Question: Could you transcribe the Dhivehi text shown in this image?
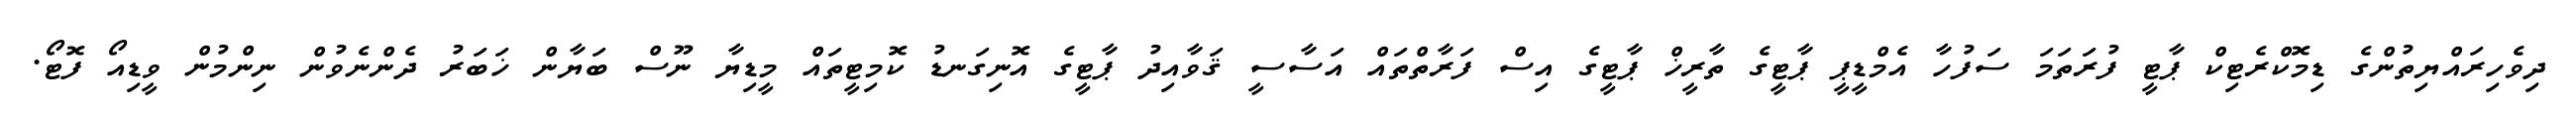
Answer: ދިވެހިރައްޔިތުންގެ ޑިމޮކްރެޓިކް ޕާޓީ ފުރަތަމަ ސަފުހާ އެމްޑީޕީ ޕާޓީގެ ތާރީޚް ޕާޓީގެ އިސް ފަރާތްތައް އަސާސީ ޤަވާއިދު ޕާޓީގެ އޮނިގަނޑު ކޮމިޓީތައް މީޑިޔާ ނޫސް ބަޔާން ޚަބަރު ދެންނެވުން ނިންމުން ވީޑިއޯ ފޮޓޯ.